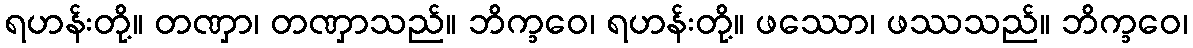
ရဟန်းတို့။ တဏှာ၊ တဏှာသည်။ ဘိက္ခဝေ၊ ရဟန်းတို့။ ဖဿော၊ ဖဿသည်။ ဘိက္ခဝေ၊